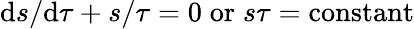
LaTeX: {\mathrm{d}s/\mathrm{d}\tau+s/\tau=0\; \mathrm{{or}}\; s\tau=\mathrm{{constant}}}